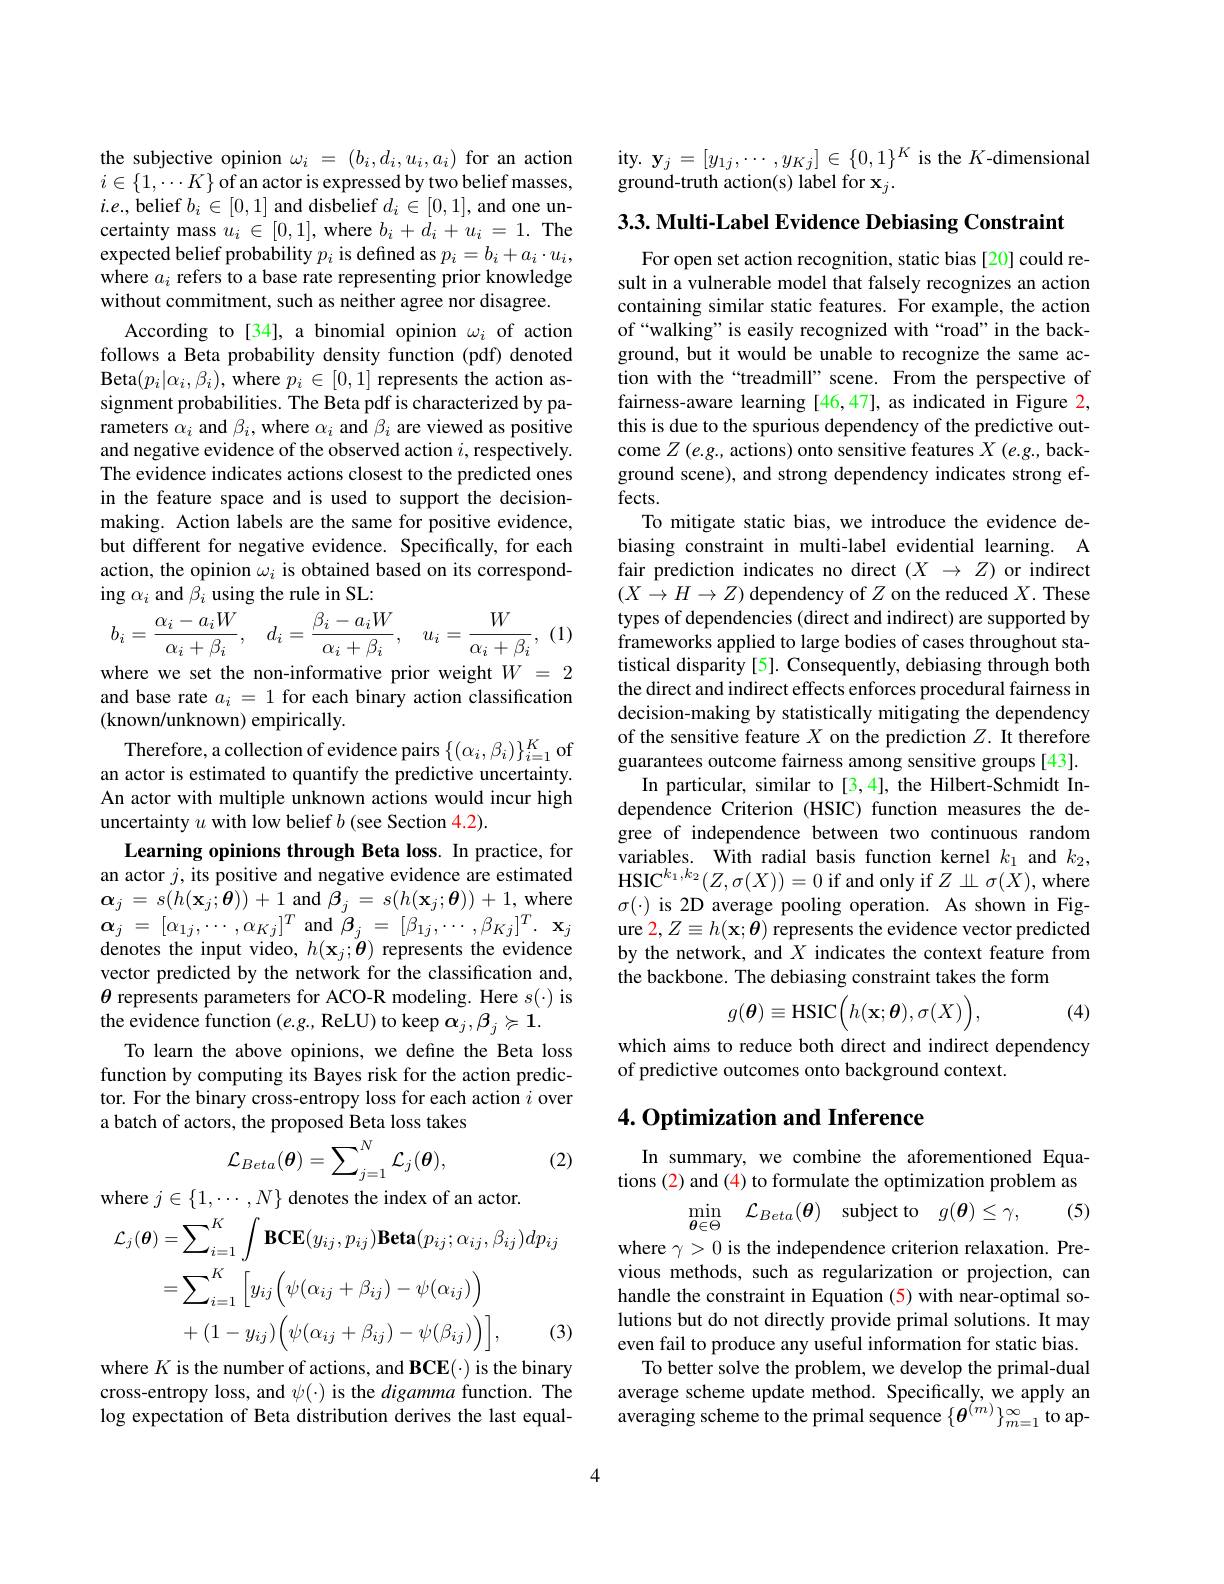
the subjective opinion $\omega_i=(b_i,d_i,u_i,a_i)$ for an action $i\in\{1,\cdots K\}$ of an actor is expressed by two belief masses, $i.e.$, belief $b_i\in[0,1]$ and disbelief $d_i\in[0,1]$, and one uncertainty mass $u_i\in[0,1]$, where $b_i+d_i+u_i=1.$ The expected belief probability $p_i$ is defined as $p_i=b_i+a_i\cdot u_i$, where $a_i$ refers to a base rate representing prior knowledge without commitment, such as neither agree nor disagree.
According to[34], a binomial opinion $\omega_i$ of action follows a Beta probability density function (pdf) denoted Beta$(p_i|\alpha_{i},\beta_{i})$,where $p_{i}\in[0,1]$ represents the action assignment probabilities. The Beta pdf is characterized by parameters $\alpha_i$ and $\beta_i$, where $\alpha_i$ and $\beta_i$ are viewed as positive and negative evidence of the observed action $i$, respectively. The evidence indicates actions closest to the predicted ones in the feature space and is used to support the decisionmaking. Action labels are the same for positive evidence, but different for negative evidence. Specifically, for each action, the opinion $\omega_i$ is obtained based on its corresponding $\alpha_i$ and $\tilde{\beta_i}$ using the rule in SL:

where we set the non-informative prior weight $W=2$

(1)

and base rate $a_i=1$ for each binary action classification
(known/unknown) empirically.
Therefore, a collection of evidence pairs $\{(\alpha_i,\beta_i)\}_{i=1}^K$ of an actor is estimated to quantify the predictive uncertainty. An actor with multiple unknown actions would incur high uncertainty $u$ with low belief $b$ (see Section 4.2).

Learning opinions through Beta loss. In practice, for an actor $j$, its positive and negative evidence are estimated $\boldsymbol{\alpha}_{j}=s(h(\mathbf{x}_{j};\boldsymbol{\theta}))+1$ and $\tilde{\boldsymbol{\beta}}_{j}=s(h(\mathbf{x}_{j};\boldsymbol{\theta}))+1$,where $\boldsymbol{\alpha }_{j}$ = $[ \alpha _{1j}, \cdots , \alpha _{Kj}] ^{T}$and$\beta _j$ = $[ \beta _{1j}, \cdots , \beta _{Kj}] ^{T}.$ $\mathbf{x} _{j}$ denotes the input video, $h(\mathbf{x}_{j};\mathbf{\theta})$ represents the evidence vector predicted by the network for the classification and, $\theta$ represents parameters for ACO-R modeling. Here $s(\cdot)$ is the evidence function $(e.g.$, ReLU) to keep $\alpha_j,\beta_j\succcurlyeq1.$
To learn the above opinions, we define the Beta loss function by computing its Bayes risk for the action predictor. For the binary cross-entropy loss for each action $\hat{i}$ over a batch of actors, the proposed Beta loss takes
$$\mathcal{L}_{Beta}(\boldsymbol{\theta})=\sum_{j=1}^N\mathcal{L}_j(\boldsymbol{\theta}),$$
(2)
$$\begin{aligned}\mathcal{L}_{j}(\boldsymbol{\theta})&=\sum_{i=1}^{K}\int\mathbf{BCE}(y_{ij},p_{ij})\mathbf{Beta}(p_{ij};\alpha_{ij},\beta_{ij})dp_{ij}\\&=\sum_{i=1}^{K}\left[y_{ij}\left(\psi(\alpha_{ij}+\beta_{ij})-\psi(\alpha_{ij})\right)\right]\\&+(1-y_{ij})\Big(\psi(\alpha_{ij}+\beta_{ij})-\psi(\beta_{ij})\Big)\Big],\quad(3)\end{aligned}$$
cross-entropy loss, and $\psi(\cdot)$ is the digamma function. The log expectation of Beta distribution derives the last equal-

ity. $\mathbf{y}_j=[y_{1j},\cdots,y_{Kj}]\in\{0,1\}^K$ is the $K$-dimensional
ground-truth action(s) label for $\mathbf{x}_j.$

3.3. Multi- Label Evidence Debiasing Constraint

For open set action recognition, static bias [20] could result in a vulnerable model that falsely recognizes an action containing similar static features. For example, the action of“walking” is easily recognized with“road”in the background, but it would be unable to recognize the same action with the “treadmill” scene. From the perspective of fairness-aware learning [46,47], as indicated in Figure 2, this is due to the spurious dependency of the predictive outcome $Z$ (e.g., actions) onto sensitive features $X$ (e.g., background scene), and strong dependency indicates strong effects.
To mitigate static bias, we introduce the evidence debiasing constraint in multi-label evidential learning. A fair prediction indicates no direct $( X$ $\to$ $Z)$ or indirect $(X\to H\to Z)$ dependency of $Z$ on the reduced $X.$ These types of dependencies (direct and indirect) are supported by frameworks applied to large bodies of cases throughout statistical disparity [5]. Consequently, debiasing through both the direct and indirect effects enforces procedural fairness in decision-making by statistically mitigating the dependency of the sensitive feature $X$ on the prediction $Z.$ It therefore guarantees outcome fairness among sensitive groups [43].
In particular, similar to [3,4], the Hilbert-Schmidt Independence Criterion (HSIC) function measures the degree of independence between two continuous random variables. With radial basis function kernel $k_1$ and $k_2$, HSIC$^k_1,k_2(Z,\sigma(X))=0$if and only if $Z\perp\sigma(X)$,where $\sigma(\cdot)$ is 2D average pooling operation. As shown in Figure $2,Z\equiv h(\mathbf{x};\boldsymbol{\theta})$ represents the evidence vector predicted by the network, and $X$ indicates the context feature from the backbone. The debiasing constraint takes the form
$$g(\boldsymbol{\theta})\equiv\mathrm{HSIC}\Big(h(\mathbf{x};\boldsymbol{\theta}),\sigma(X)\Big),$$
(4)

which aims to reduce both direct and indirect dependency
of predictive outcomes onto background context.

## 4. Optimization and Inference

In summary, we combine the aforementioned Equations (2) and (4) to formulate the optimization problem as
(5)
$$\min_{\boldsymbol{\theta}\in\Theta}\quad\mathcal{L}_{Beta}(\boldsymbol{\theta})\quad\mathrm{subject~to}\quad g(\boldsymbol{\theta})\leq\gamma,$$
where $\gamma>0$ is the independence criterion relaxation. Previous methods, such as regularization or projection, can handle the constraint in Equation (5) with near-optimal solutions but do not directly provide primal solutions. It may even fail to produce any useful information for static bias.
To better solve the problem, we develop the primal-dual average scheme update method. Specifically, we apply an averaging scheme to the primal sequence $\{\boldsymbol\theta^{(m^{\prime})}\}_{m=1}^{\infty}$ to ap-

4